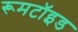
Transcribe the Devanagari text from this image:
रूमटॉइड